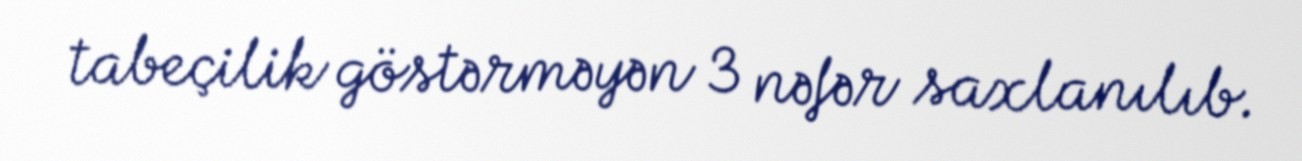
tabeçilik göstərməyən 3 nəfər saxlanılıb.